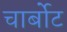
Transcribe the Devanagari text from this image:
चार्बोट